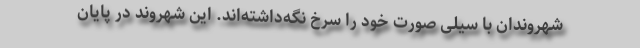
شهروندان با سیلی صورت خود را سرخ نگه‌داشته‌اند. این شهروند در پایان